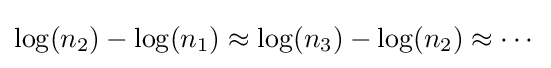
\log(n_{2})-\log(n_{1})\approx \log(n_{3})-\log(n_{2})\approx \cdots